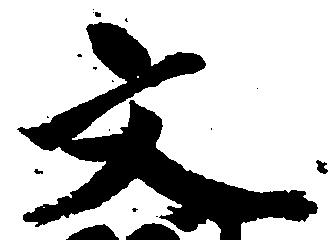
文